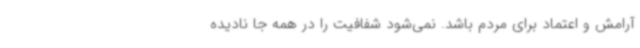
آرامش و اعتماد برای مردم باشد. نمی‌شود شفافیت را در همه جا نادیده